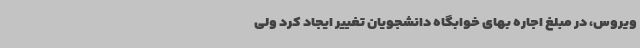
ویروس،‌ در مبلغ اجاره بهای خوابگاه دانشجویان تغییر ایجاد کرد ولی